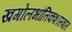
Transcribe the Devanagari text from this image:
खगोलभौतिकशास्त्रात